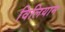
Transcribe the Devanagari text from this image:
विलियाम